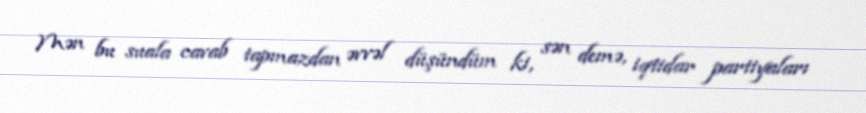
Mən bu suala cavab tapmazdan əvvəl düşündüm ki, sən demə, iqtidar partiyaları